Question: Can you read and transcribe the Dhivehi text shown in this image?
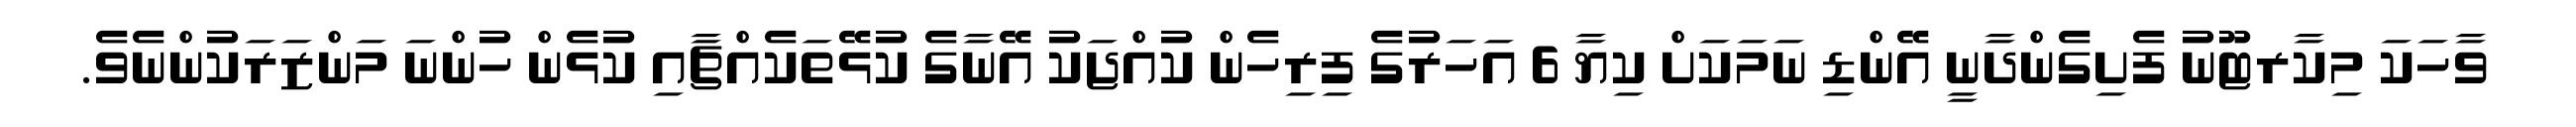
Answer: ވާހަކަ މިކާރޓޫނު ފެށިގެންދާނީ އޭންޑި ނަމަކަށް ކިޔާ 6 އަހަރުގެ ފިރިހެން ކުއްޖަކު އޭނާގެ ކުޅޭތަކެއްޗާއި ކުޅެން ހުންނަ މަންޒަރަކުންނެވެ.